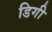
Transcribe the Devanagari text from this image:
डिगी